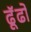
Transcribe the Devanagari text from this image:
ढूॅढो